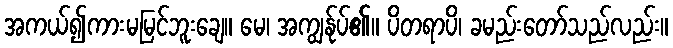
အကယ်၍ကားမမြင်ဘူးချေ။ မေ၊ အကျွန်ုပ်၏။ ပိတရာပိ၊ ခမည်းတော်သည်လည်း။